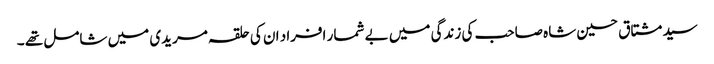
سید مشتاق حسین شاہ صاحب کی زندگی میں بے شمار افراد ان کی حلقہ مریدی میں شامل تھے ۔